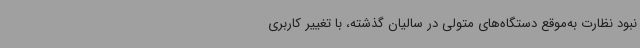
نبود نظارت به‌موقع دستگاه‌های متولی در سالیان گذشته، با تغییر کاربری